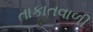
તાકાતવાળી